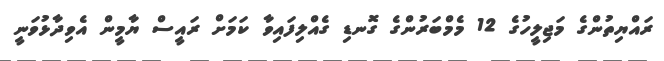
ރައްޔިތުންގެ މަޖިލީހުގެ 12 މެމްބަރުންގެ ގޮނޑި ގެއްލިފައިވާ ކަމަށް ރައީސް ޔާމީން އެވިދާޅުވަނީ